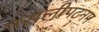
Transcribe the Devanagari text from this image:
मसलीपट्नम